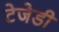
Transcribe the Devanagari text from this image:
टेजेडी